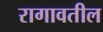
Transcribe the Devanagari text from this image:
रागावतील